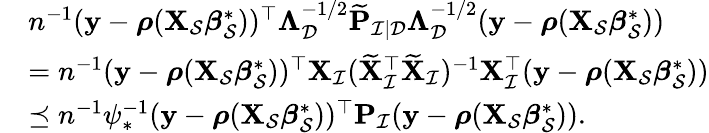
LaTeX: \begin{array}{rl}&{n^{-1}(\mathbf{y}-{\boldsymbol\rho}(\mathbf{X}_{\mathcal{S}}{\boldsymbol\beta}_{\mathcal{S}}^{*}))^{\top}{\boldsymbol\Lambda}_{\mathcal{D}}^{-1/2}\widetilde{\mathbf{P}}_{\mathcal{I}\mid\mathcal{D}}{\boldsymbol\Lambda}_{\mathcal{D}}^{-1/2}(\mathbf{y}-{\boldsymbol\rho}(\mathbf{X}_{\mathcal{S}}{\boldsymbol\beta}_{\mathcal{S}}^{*}))}\\ &{=n^{-1}(\mathbf{y}-{\boldsymbol\rho}(\mathbf{X}_{\mathcal{S}}{\boldsymbol\beta}_{\mathcal{S}}^{*}))^{\top}\mathbf{X}_{\mathcal{I}}(\widetilde{\mathbf{X}}_{\mathcal{I}}^{\top}\widetilde{\mathbf{X}}_{\mathcal{I}})^{-1}\mathbf{X}_{\mathcal{I}}^{\top}(\mathbf{y}-{\boldsymbol\rho}(\mathbf{X}_{\mathcal{S}}{\boldsymbol\beta}_{\mathcal{S}}^{*}))}\\ &{\preceq n^{-1}\psi_{*}^{-1}(\mathbf{y}-{\boldsymbol\rho}(\mathbf{X}_{\mathcal{S}}{\boldsymbol\beta}_{\mathcal{S}}^{*}))^{\top}\mathbf{P}_{\mathcal{I}}(\mathbf{y}-{\boldsymbol\rho}(\mathbf{X}_{\mathcal{S}}{\boldsymbol\beta}_{\mathcal{S}}^{*})).}\end{array}